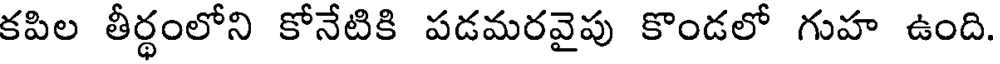
కపిల తీర్థంలోని కోనేటికి పడమరవైపు కొండలో గుహ ఉంది.